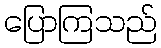
ပြောကြသည်